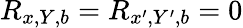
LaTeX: R_{x,Y,b}=R_{x^{\prime},Y^{\prime},b}=0